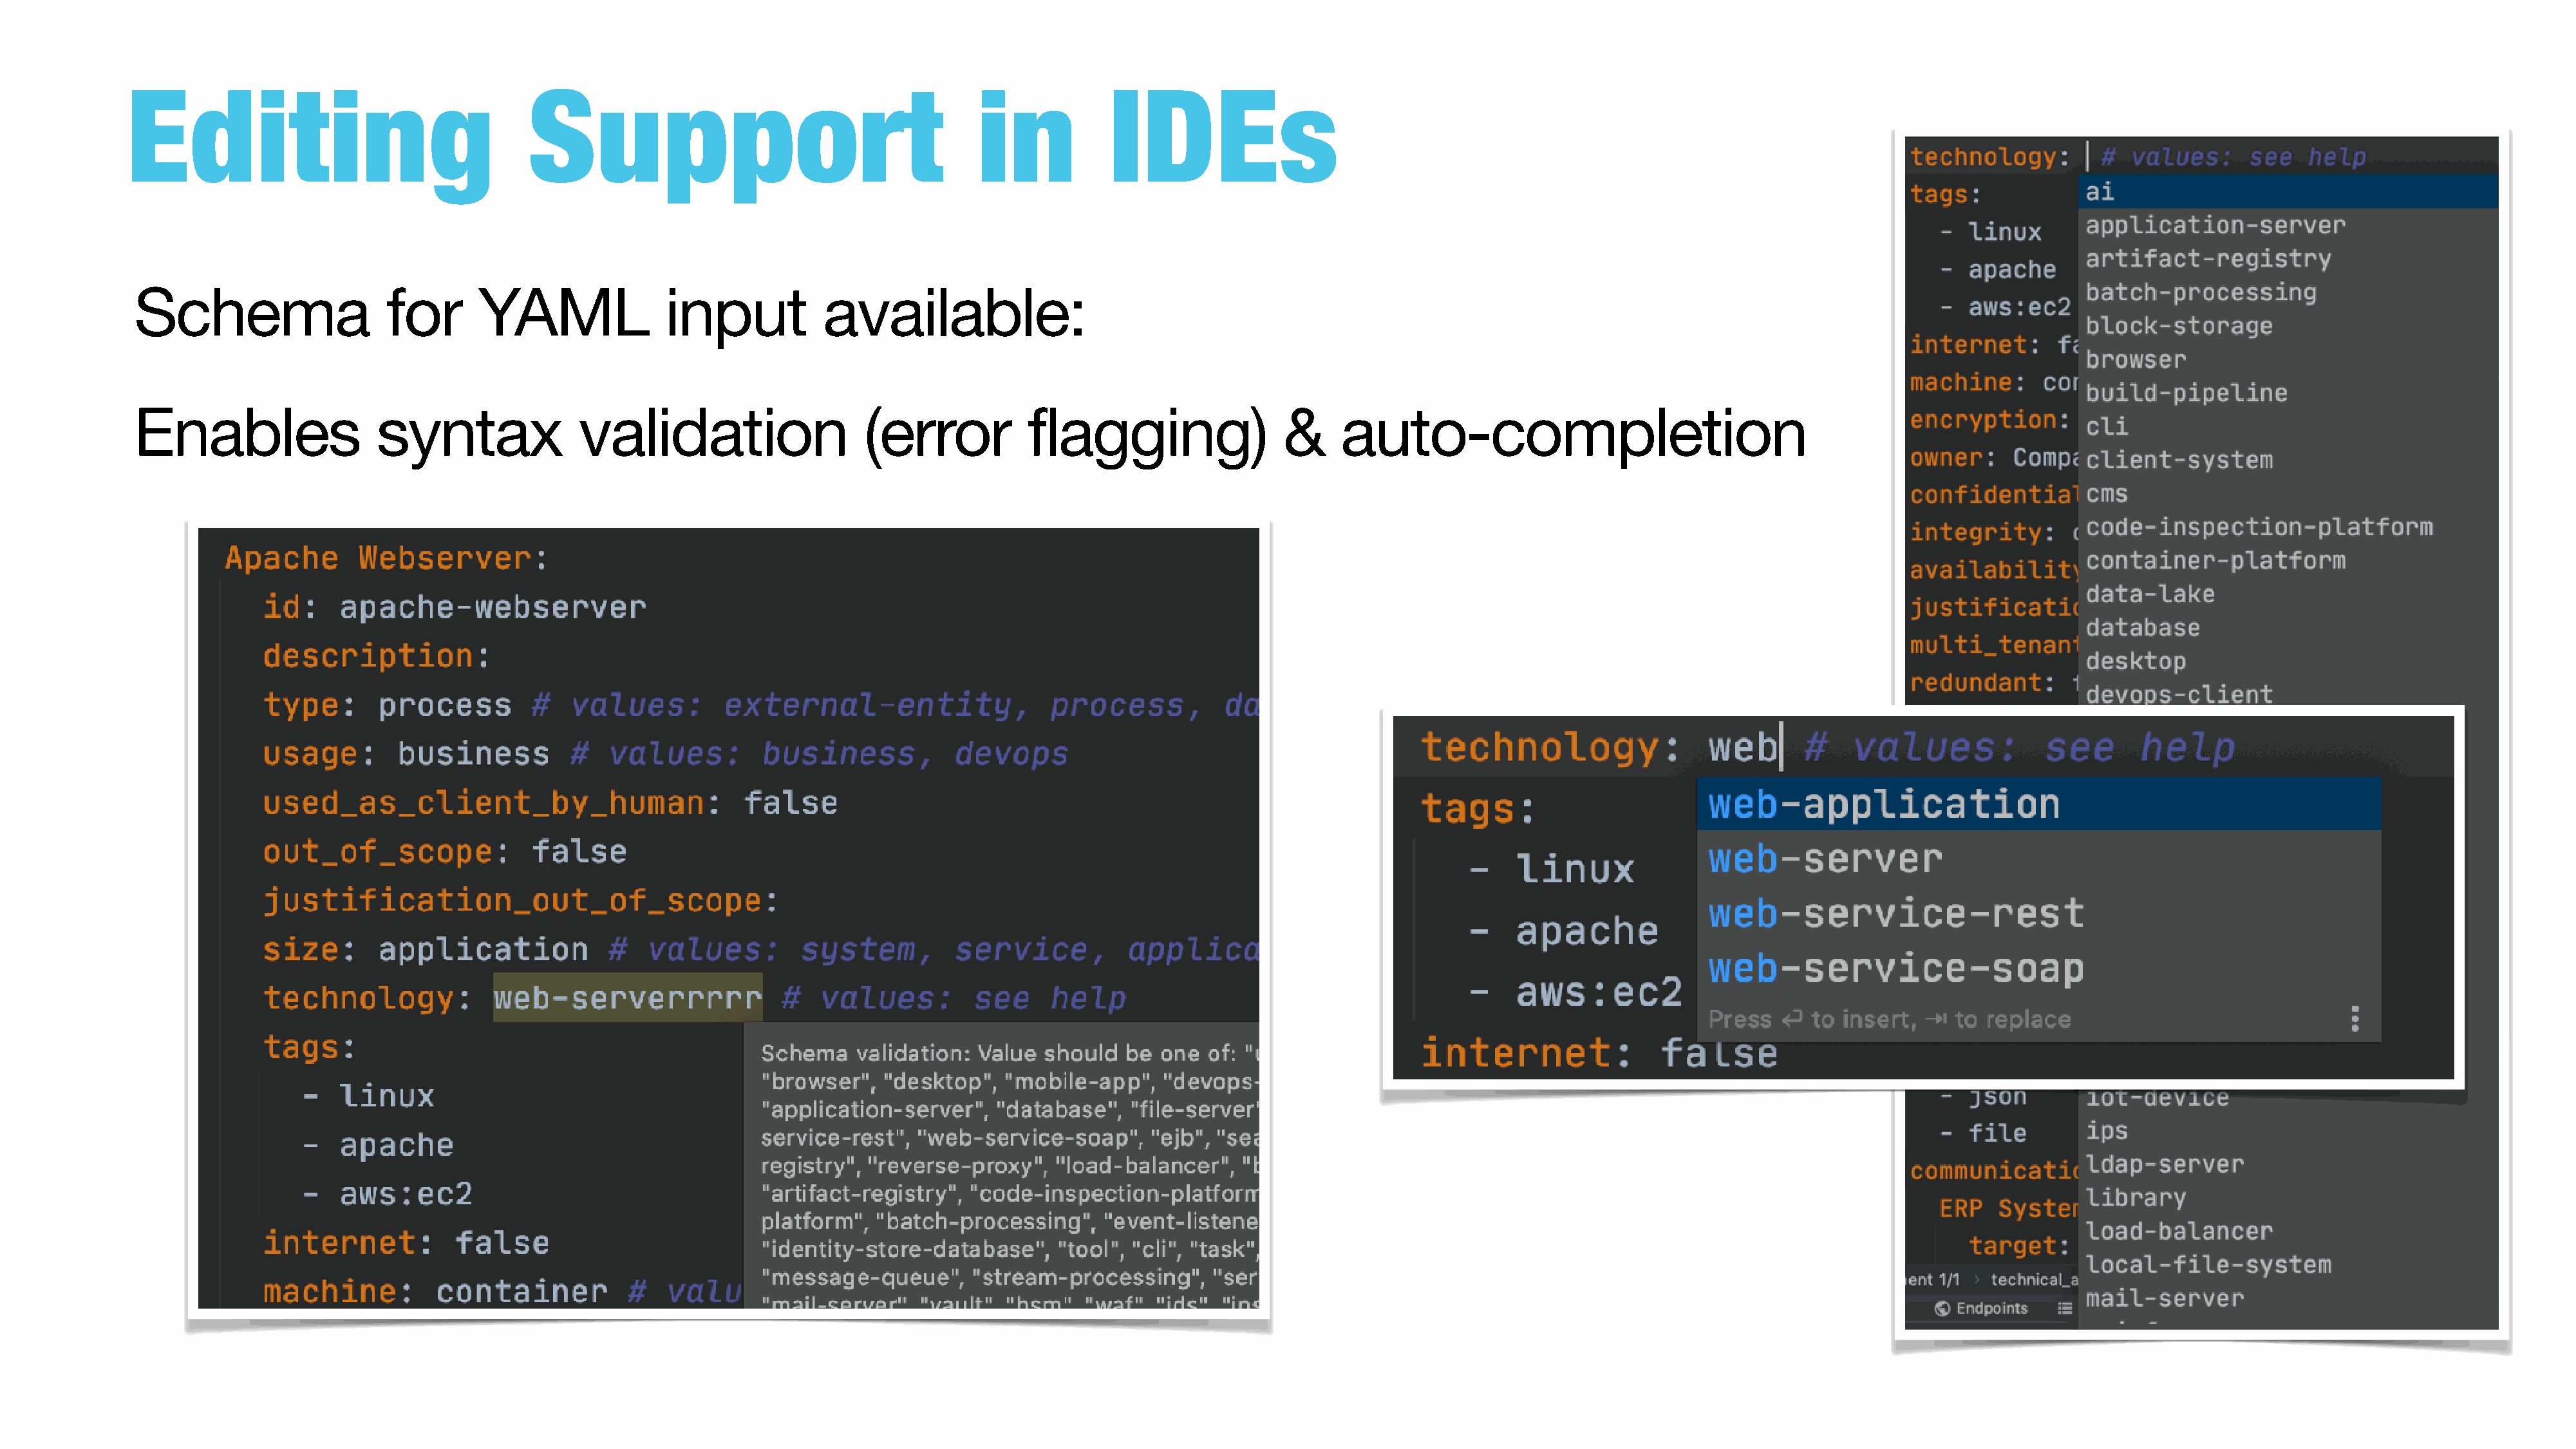
Editing                                  Support                                       in            IDEs
 Schema                    for      YAML               input            available:
 Enables                  syntax              validation                    (error           flagging)                 &     auto-completion